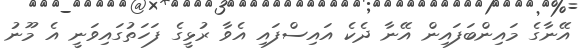
އޭނާގެ މައިންބަފައިން އޭނާ ދެކެ އައިސްފައި އެވާ ރުޅީގެ ފަހަތުގައިވަނީ އެ މޫނު